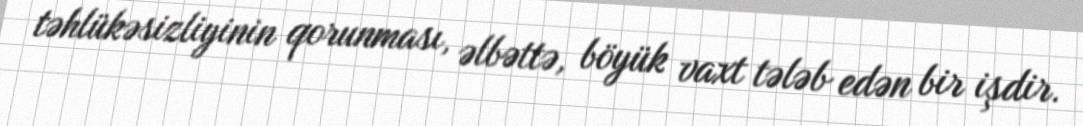
təhlükəsizliyinin qorunması, əlbəttə, böyük vaxt tələb edən bir işdir.